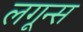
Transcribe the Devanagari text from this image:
लगून्स